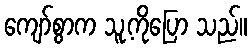
ကျော်စွာက သူ့ကိုပြော သည်။